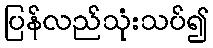
ပြန်လည်သုံးသပ်၍